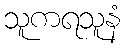
သူကရသူနံ